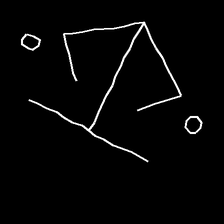
Glyph: earth